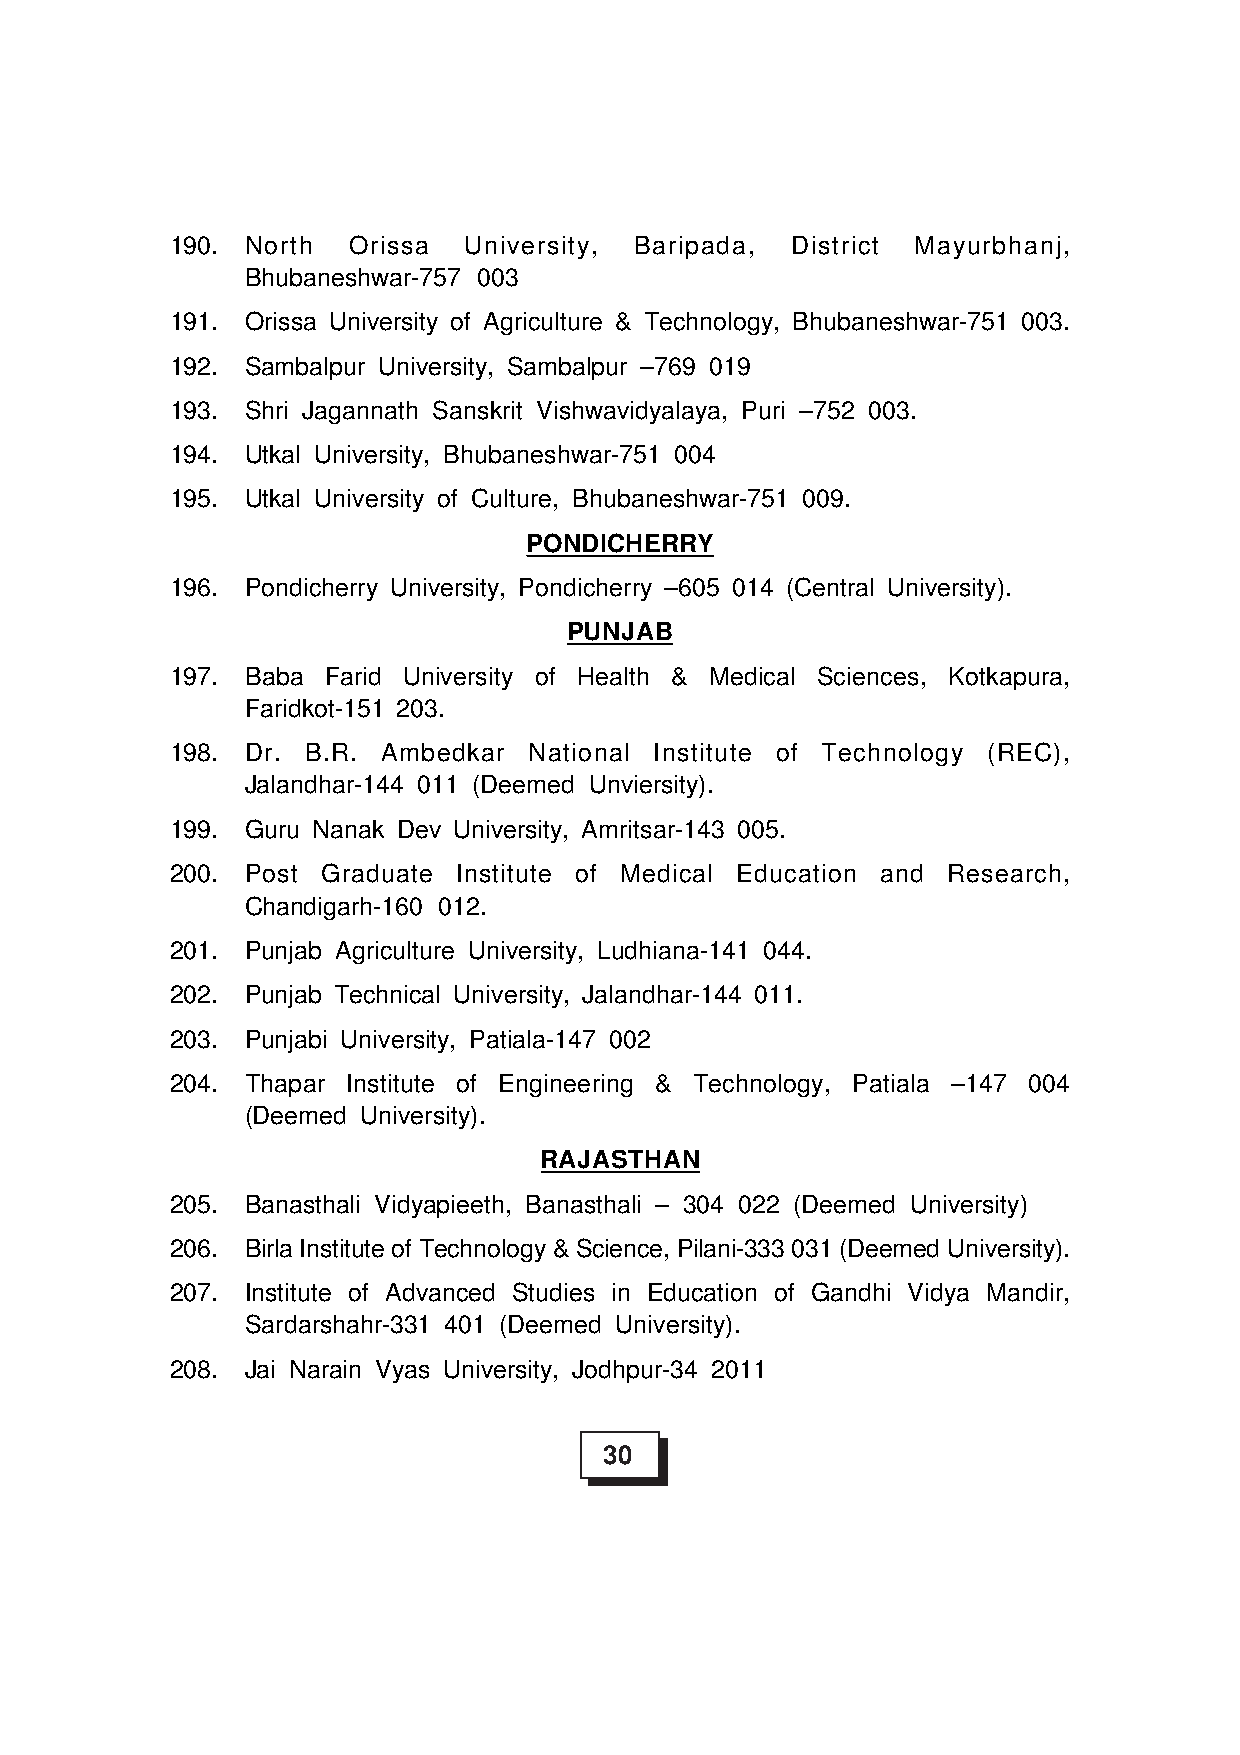
190. North  Orissa  University, Baripada, District Mayurbhanj,
 Bhubaneshwar-757 003
 191. Orissa University of Agriculture & Technology, Bhubaneshwar-751 003.
 192. Sambalpur University, Sambalpur –769 019
 193. Shri Jagannath Sanskrit Vishwavidyalaya, Puri –752 003.
 194. Utkal University, Bhubaneshwar-751 004
 195. Utkal University of Culture, Bhubaneshwar-751 009.
 PONDICHERRY
 196. Pondicherry University, Pondicherry –605 014 (Central University).
 PUNJAB
 197. Baba Farid University of Health & Medical Sciences, Kotkapura,
 Faridkot-151 203.
 198. Dr. B.R. Ambedkar  National Institute of Technology (REC),
 Jalandhar-144 011 (Deemed Unviersity).
 199. Guru Nanak Dev University, Amritsar-143 005.
 200. Post Graduate Institute of Medical Education and Research,
 Chandigarh-160 012.
 201. Punjab Agriculture University, Ludhiana-141 044.
 202. Punjab Technical University, Jalandhar-144 011.
 203. Punjabi University, Patiala-147 002
 204. Thapar Institute of Engineering & Technology, Patiala –147 004
 (Deemed University).
 RAJASTHAN
 205. Banasthali Vidyapieeth, Banasthali – 304 022 (Deemed University)
 206. Birla Institute of Technology & Science, Pilani-333 031 (Deemed University).
 207. Institute of Advanced Studies in Education of Gandhi Vidya Mandir,
 Sardarshahr-331 401 (Deemed University).
 208. Jai Narain Vyas University, Jodhpur-34 2011
 30